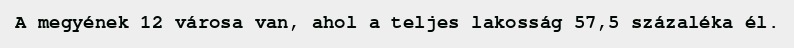
A megyének 12 városa van, ahol a teljes lakosság 57,5 százaléka él.